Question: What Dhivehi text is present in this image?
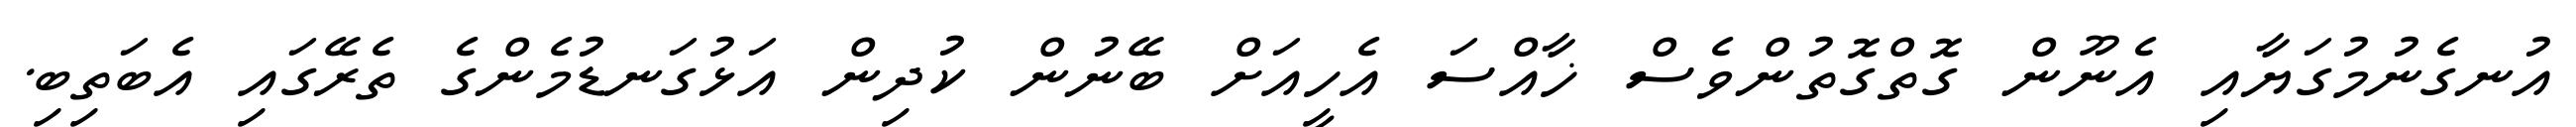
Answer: އުނގެނުމުގަޔާއި އެނޫން ގޮތްގޮތުންވެސް ޚާއްސަ އެހީއަށް ބޭނުން ކުދިން އަޅުގަނޑުމެންގެ ތެރޭގައި އެބަތިބި.